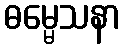
ဓမ္မေသနာ